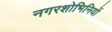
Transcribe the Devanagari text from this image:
नगरशोभिनियों